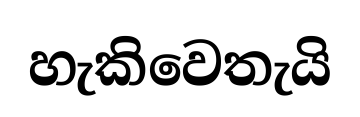
හැකිවෙතැයි